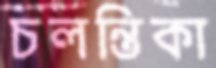
চলন্তিকা